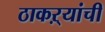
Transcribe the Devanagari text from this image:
ठाकऱ्यांची